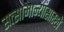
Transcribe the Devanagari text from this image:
सत्सामान्यांसारखे